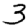
Digit: 3